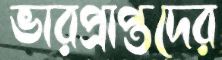
ভারপ্রাপ্তদের